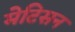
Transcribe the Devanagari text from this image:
मेटिसन